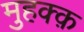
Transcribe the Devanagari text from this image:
मुहक्क़